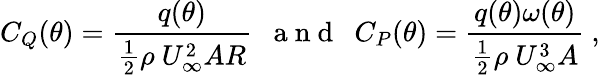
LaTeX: C_{Q}(\theta)=\frac{q(\theta)}{\frac{1}{2}\rho\ U_{\infty}^{2}AR}\ \ \mathrm{~a~n~d~}\ \ C_{P}(\theta)=\frac{q(\theta)\omega(\theta)}{\frac{1}{2}\rho\ U_{\infty}^{3}A}\ ,